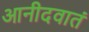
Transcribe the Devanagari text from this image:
आनीदवातं